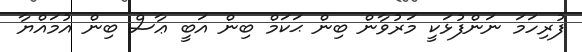
ފުރިހަމަ ނަންފުޅަކީ މަރުވާން ބިން ޙަކަމް ބިން އަބީ ޢާސް ބިން އުމައްޔާ